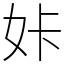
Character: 𡛨